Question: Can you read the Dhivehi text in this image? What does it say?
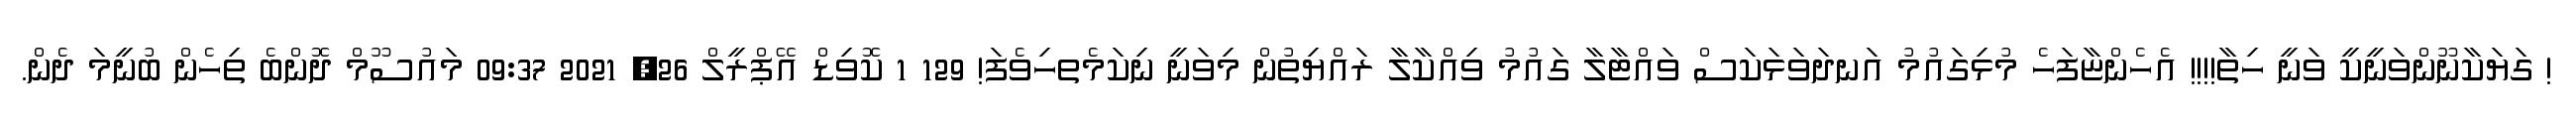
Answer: ! ގަޔަކާނޫންވަނީކީ ވަނީ ހިތާ!!!! އެހެންޏާފަހެ މުޅިގައުމު އަނދަވަޅަކަސް ވައްޓާލާ ގައުމު ވިއްކާލާ ރައްޔިތުން މިވަނީ ނިކަމެތހިވެފަ! 129 1 ކޮވިޑް އޭޕްރީލް 26, 2021 09:37 މައުސޫމް ދޮންބެ ތިހެން ބުނީމަ ދެން.